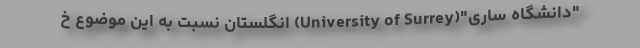
"دانشگاه ساری"(University of Surrey) انگلستان نسبت به این موضوع خ